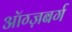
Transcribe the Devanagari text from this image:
ऑग्ज़बर्ग